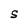
Character: S